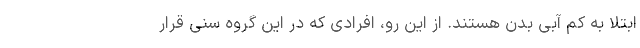
ابتلا به کم آبی بدن هستند. از این رو، افرادی که در این گروه سنی قرار